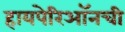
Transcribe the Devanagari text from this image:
हायपेरिऑनची